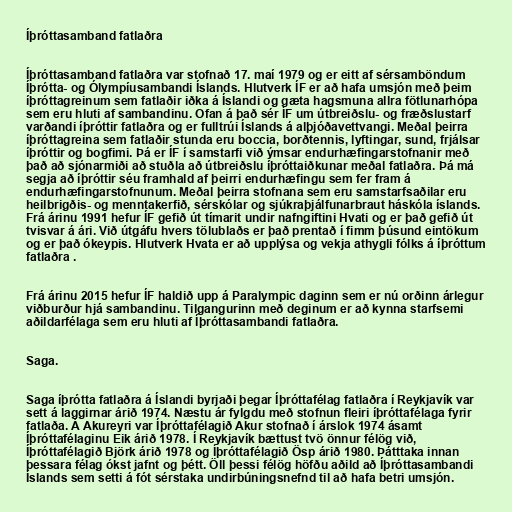
Íþróttasamband fatlaðra

Íþróttasamband fatlaðra var stofnað 17. maí 1979 og er eitt af sérsamböndum
Íþrótta- og Ólympíusambandi Íslands. Hlutverk ÍF er að hafa umsjón með þeim
íþróttagreinum sem fatlaðir iðka á Íslandi og gæta hagsmuna allra fötlunarhópa
sem eru hluti af sambandinu. Ofan á það sér ÍF um útbreiðslu- og fræðslustarf
varðandi íþróttir fatlaðra og er fulltrúi Íslands á alþjóðavettvangi. Meðal þeirra
íþróttagreina sem fatlaðir stunda eru boccia, borðtennis, lyftingar, sund, frjálsar
íþróttir og bogfimi. Þá er ÍF í samstarfi við ýmsar endurhæfingarstofnanir með
það að sjónarmiði að stuðla að útbreiðslu íþróttaiðkunar meðal fatlaðra. Þá má
segja að íþróttir séu framhald af þeirri endurhæfingu sem fer fram á
endurhæfingarstofnunum. Meðal þeirra stofnana sem eru samstarfsaðilar eru
heilbrigðis- og menntakerfið, sérskólar og sjúkraþjálfunarbraut háskóla íslands.
Frá árinu 1991 hefur ÍF gefið út tímarit undir nafngiftini Hvati og er það gefið út
tvisvar á ári. Við útgáfu hvers tölublaðs er það prentað í fimm þúsund eintökum
og er það ókeypis. Hlutverk Hvata er að upplýsa og vekja athygli fólks á íþróttum
fatlaðra .

Frá árinu 2015 hefur ÍF haldið upp á Paralympic daginn sem er nú orðinn árlegur
viðburður hjá sambandinu. Tilgangurinn með deginum er að kynna starfsemi
aðildarfélaga sem eru hluti af Íþróttasambandi fatlaðra.

Saga.

Saga íþrótta fatlaðra á Íslandi byrjaði þegar Íþróttafélag fatlaðra í Reykjavík var
sett á laggirnar árið 1974. Næstu ár fylgdu með stofnun fleiri íþróttafélaga fyrir
fatlaða. Á Akureyri var Íþróttafélagið Akur stofnað í árslok 1974 ásamt
Íþróttafélaginu Eik árið 1978. Í Reykjavík bættust tvö önnur félög við,
Íþróttafélagið Björk árið 1978 og Íþróttafélagið Ösp árið 1980. Þátttaka innan
þessara félag ókst jafnt og þétt. Öll þessi félög höfðu aðild að Íþróttasambandi
Íslands sem setti á fót sérstaka undirbúningsnefnd til að hafa betri umsjón.